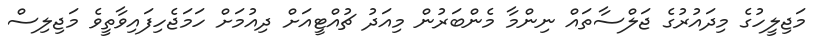
މަޖިލީހުގެ މިދައުރުގެ ޖަލްސާތައް ނިންމާ މެންބަރުން މިއަދު ޗުއްޓީއަށް ދިއުމަށް ހަމަޖެހިފައިވާތީވެ މަޖިލިސް